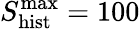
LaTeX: S_{\mathrm{hist}}^{\mathrm{max}}=100